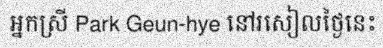
អ្នកស្រី Park Geun-hye នៅរសៀលថ្ងៃនេះ